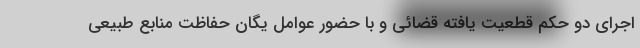
اجرای دو حکم قطعیت یافته قضائی و با حضور عوامل یگان حفاظت منابع طبیعی